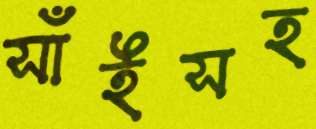
সাঁইসহ